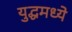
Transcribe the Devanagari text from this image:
युद्धमध्ये